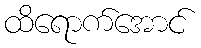
ထိရောက်အောင်